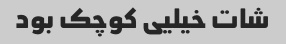
شات خیلیی کوچک بود